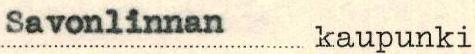
Savonlinnan kaupunki